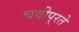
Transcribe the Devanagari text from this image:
चवीपूरते